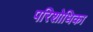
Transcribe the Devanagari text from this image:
परिशोधिका